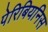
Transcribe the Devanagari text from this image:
पेरिबियनिस